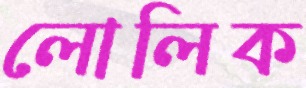
লোলিক